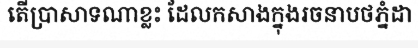
តើប្រាសាទណាខ្លះ ដែលកសាងក្នុងរចនាបថភ្នំដា